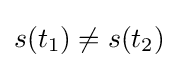
s(t_{1})\neq s(t_{2})